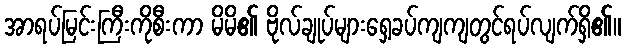
အာရပ်မြင်းကြီးကိုစီးကာ မိမိ၏ ဗိုလ်ချုပ်များရှေ့ခပ်ကျကျတွင်ရပ်လျက်ရှိ၏။